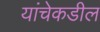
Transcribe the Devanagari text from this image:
यांचेकडील